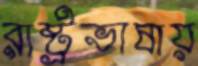
রাষ্ট্রভাষায়